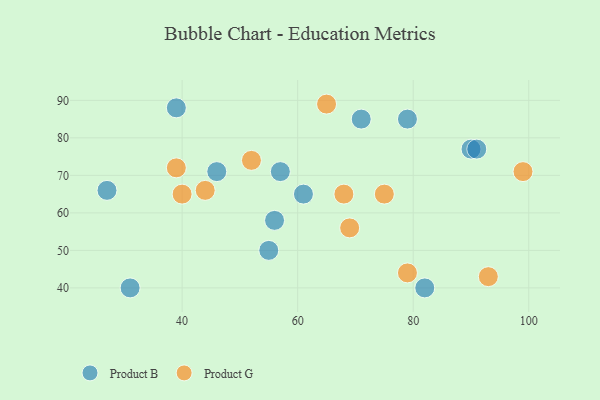
{"axis": {"x": "GDP", "y": "Life Expectancy"}, "legend": ["Product B", "Product G"], "data": [{"x": "61", "y": 65, "type": "Product B"}, {"x": "46", "y": 71, "type": "Product B"}, {"x": "55", "y": 50, "type": "Product B"}, {"x": "27", "y": 66, "type": "Product B"}, {"x": "82", "y": 40, "type": "Product B"}, {"x": "90", "y": 77, "type": "Product B"}, {"x": "91", "y": 77, "type": "Product B"}, {"x": "79", "y": 85, "type": "Product B"}, {"x": "39", "y": 88, "type": "Product B"}, {"x": "57", "y": 71, "type": "Product B"}, {"x": "31", "y": 40, "type": "Product B"}, {"x": "71", "y": 85, "type": "Product B"}, {"x": "56", "y": 58, "type": "Product B"}, {"x": "93", "y": 43, "type": "Product G"}, {"x": "52", "y": 74, "type": "Product G"}, {"x": "75", "y": 65, "type": "Product G"}, {"x": "44", "y": 66, "type": "Product G"}, {"x": "79", "y": 44, "type": "Product G"}, {"x": "68", "y": 65, "type": "Product G"}, {"x": "69", "y": 56, "type": "Product G"}, {"x": "65", "y": 89, "type": "Product G"}, {"x": "40", "y": 65, "type": "Product G"}, {"x": "39", "y": 72, "type": "Product G"}, {"x": "99", "y": 71, "type": "Product G"}]}